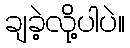
ချခဲ့လို့ပါပဲ။